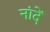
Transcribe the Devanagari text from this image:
नांदें